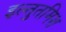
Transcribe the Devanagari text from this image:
इल्‍तुतमिश